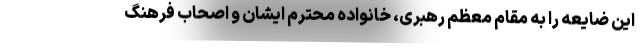
این ضایعه را به مقام معظم رهبری، خانواده محترم ایشان و اصحاب فرهنگ